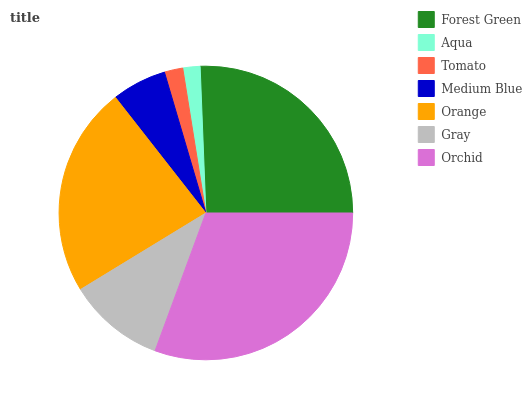
| Forest Green | Aqua | Tomato | Medium Blue | Orange | Gray | Orchid |
 | --- | --- | --- | --- | --- | --- | --- |
 | 25.7% | 1.9% | 2.04% | 6.02% | 23.1% | 10.7% | 30.6% |